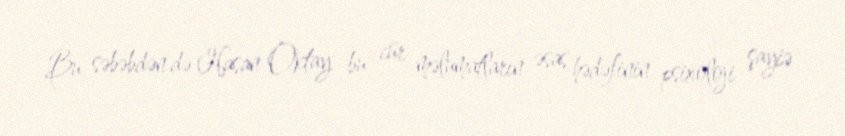
Bu səbəbdən də Hasan Oktay bu cür məlumatların əsas hədəfinin psixoloji şayiə